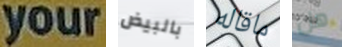
your بالبيض ماقاله هل